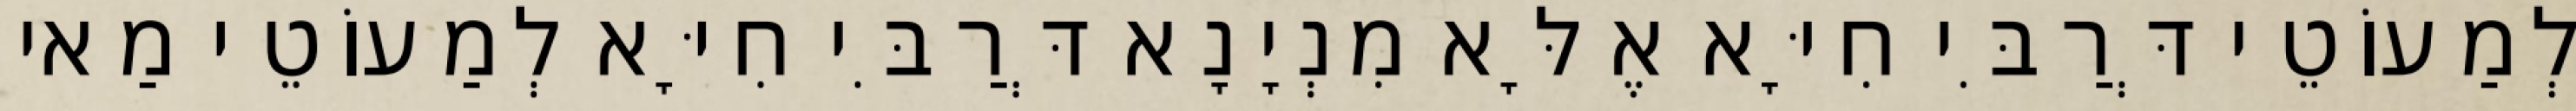
לְמַעוֹטֵי דְּרַבִּי חִיָּא אֶלָּא מִנְיָנָא דְּרַבִּי חִיָּא לְמַעוֹטֵי מַאי